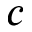
c